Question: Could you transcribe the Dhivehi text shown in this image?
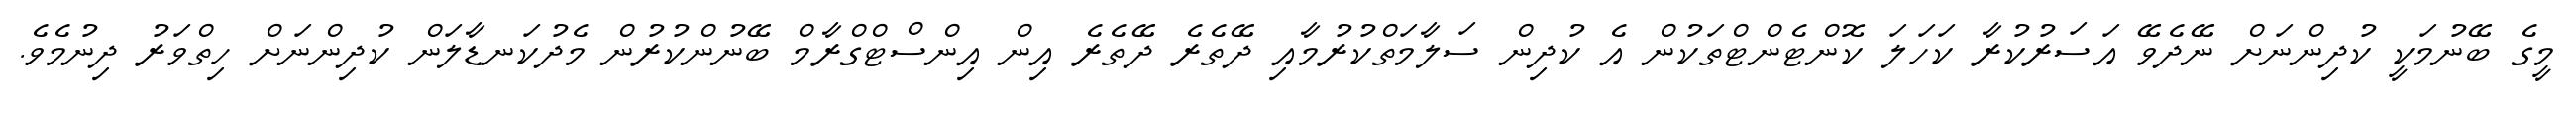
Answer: މީގެ ބޭނުމަކީ ކުދިންނަށް ނޭދެވޭ އަސަރުކުރާ ކަހަލަ ކޮންޓެންޓްތަކުން އެ ކުދިން ސަލާމަތްކުރުމާއި ދޭތެރެ ދޭތެރެ އިން އިންސްޓްގްރާމް ބޭނުންކުރުން މެދުކަނޑާލަން ކުދިންނަށް ހިތްވަރު ދިނުމެވެ.